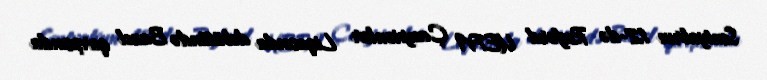
Sentyabrın 12-də Reşford UEFA Çempionlar Liqasında debütündə Bazel qarşısında